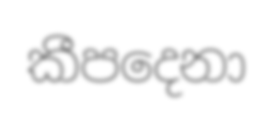
කීපදෙනා